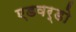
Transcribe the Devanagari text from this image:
एडवर्डो